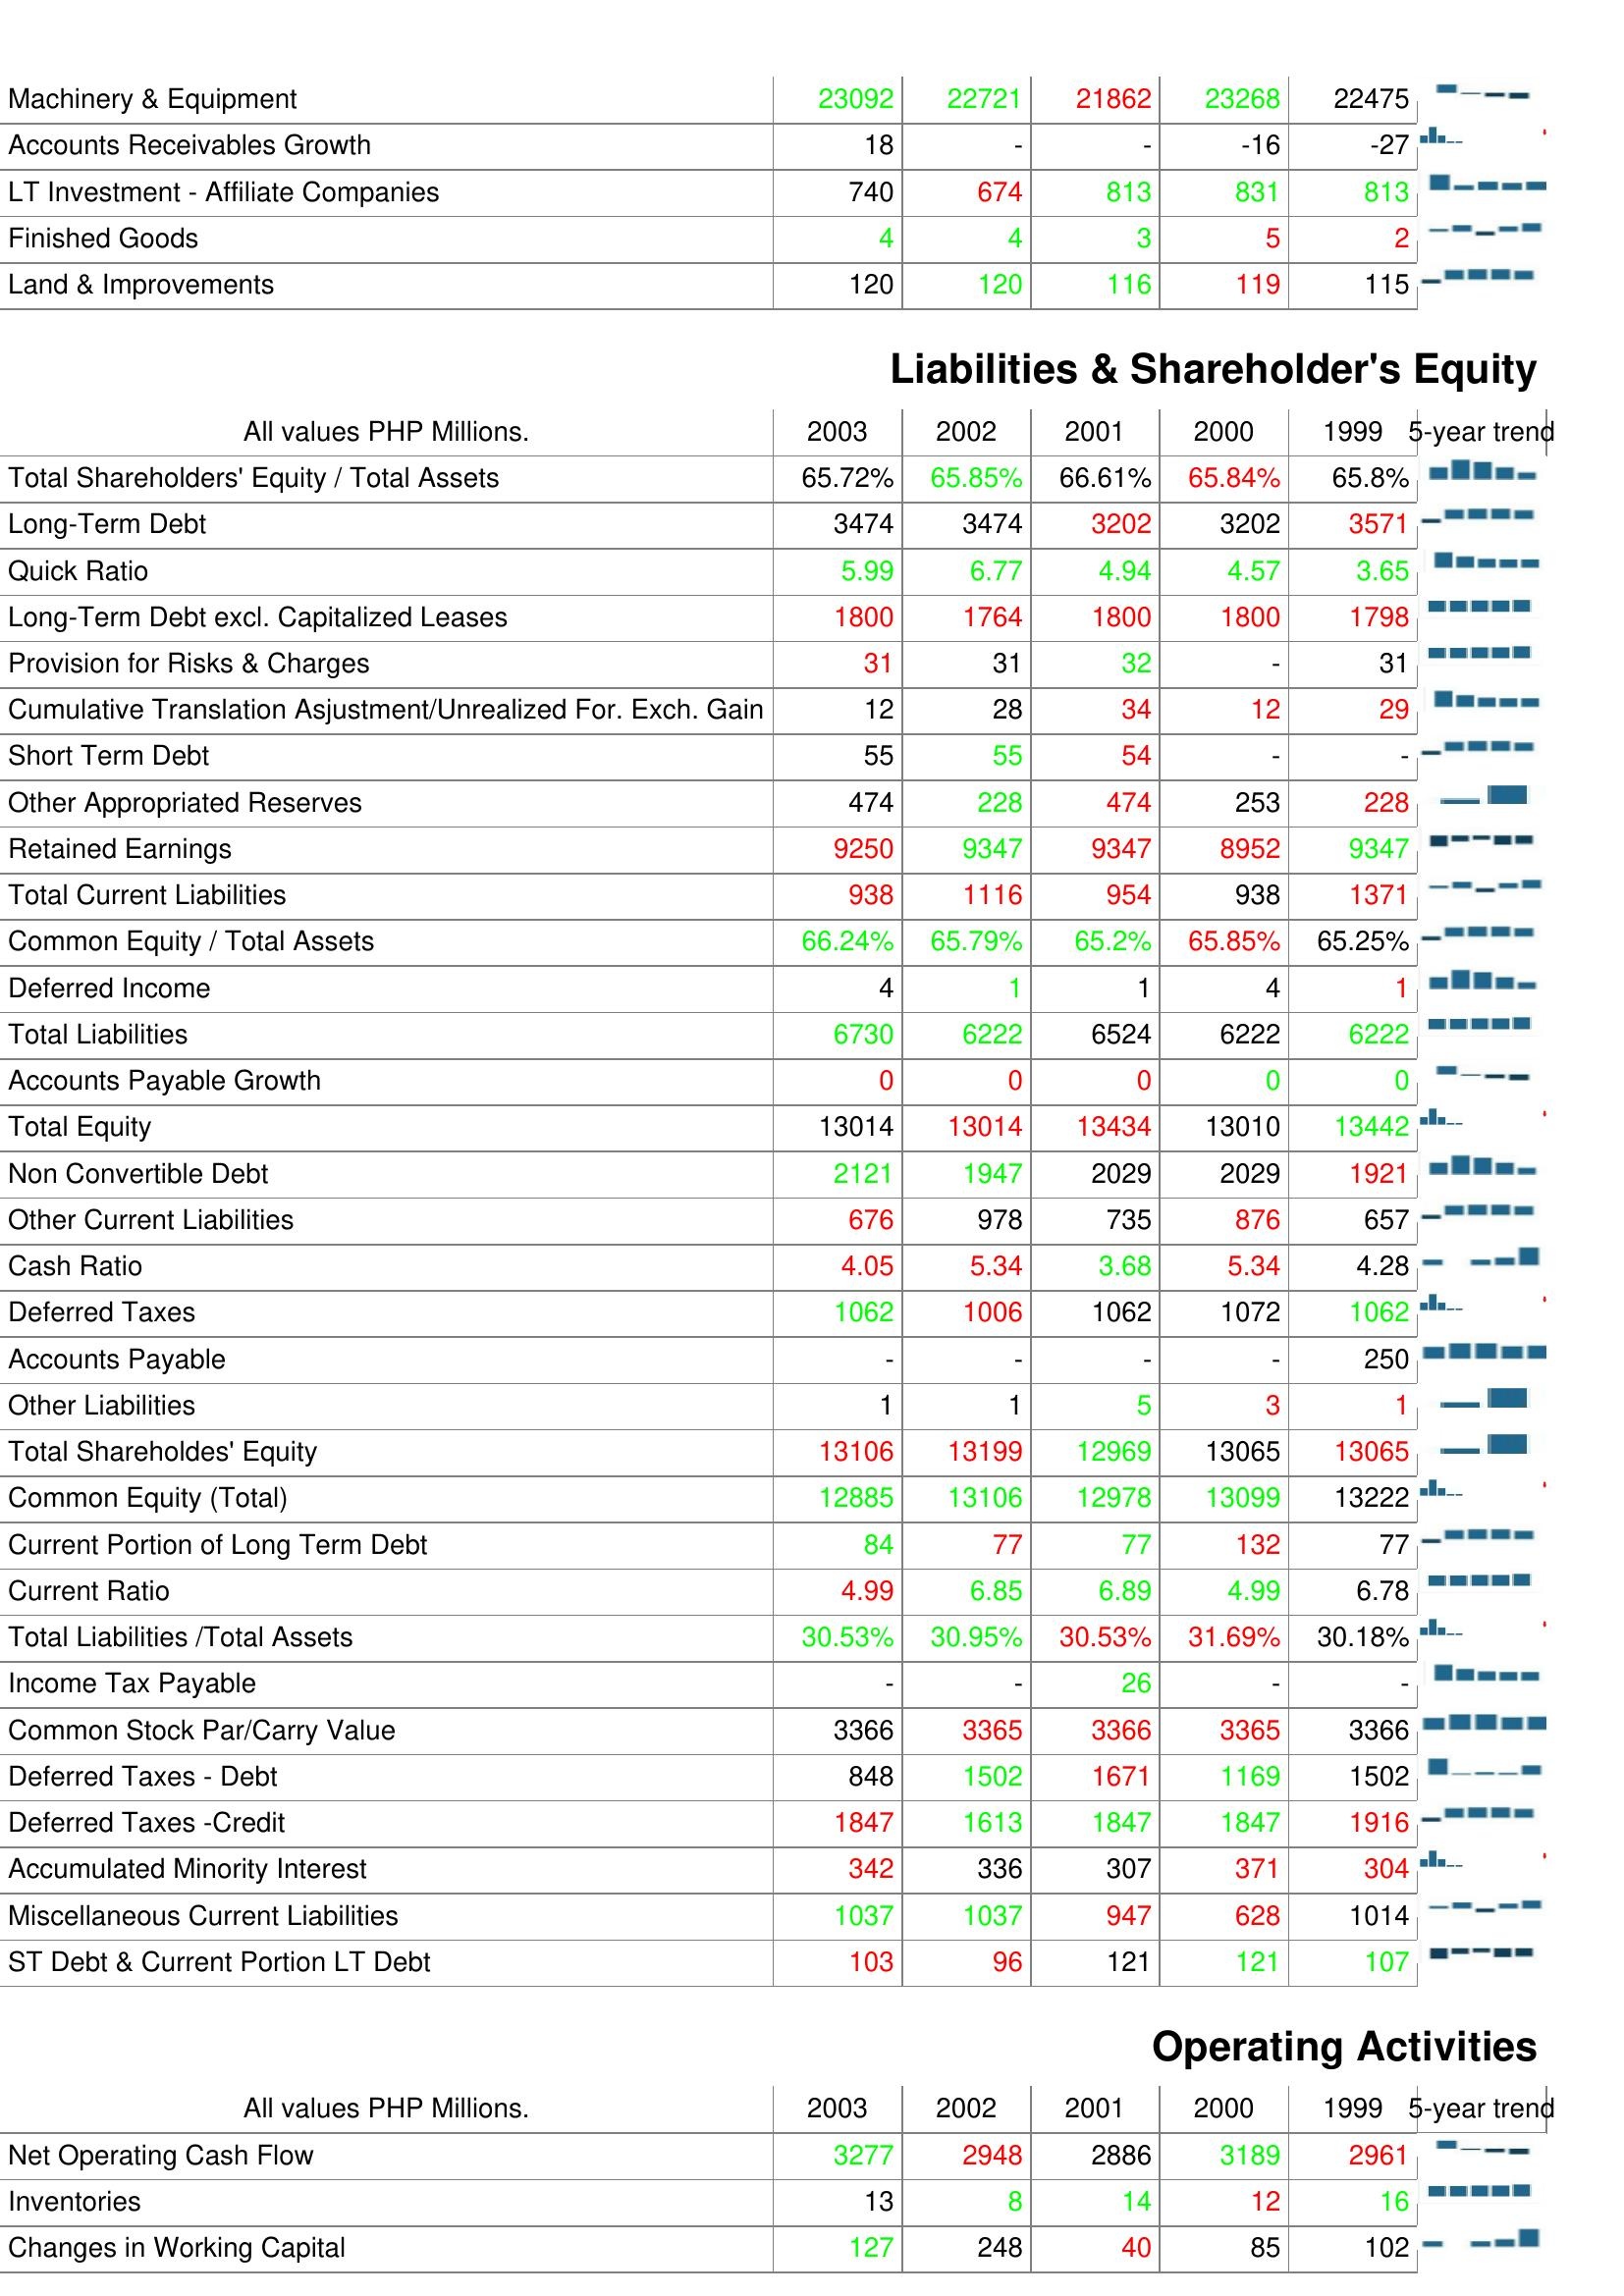
2003: Assets: Machinery & Equipment: 23092
Accounts Receivables Growth: 18
LT Investment - Affiliate Companies: 740
Finished Goods: 4
Land & Improvements: 120
Liabilities & Shareholder's Equity: Total Shareholders' Equity / Total Assets: 65.72%
Long-Term Debt: 3474
Quick Ratio: 5.99
Long-Term Debt excl. Capitalized Leases: 1800
Provision for Risks & Charges: 31
Cumulative Translation Asjustment/Unrealized For. Exch. Gain: 12
Short Term Debt: 55
Other Appropriated Reserves: 474
Retained Earnings: 9250
Total Current Liabilities: 938
Common Equity / Total Assets: 66.24%
Deferred Income: 4
Total Liabilities: 6730
Accounts Payable Growth: 0
Total Equity: 13014
Non Convertible Debt: 2121
Other Current Liabilities: 676
Cash Ratio: 4.05
Deferred Taxes: 1062
Accounts Payable: -
Other Liabilities: 1
Total Shareholdes' Equity: 13106
Common Equity (Total): 12885
Current Portion of Long Term Debt: 84
Current Ratio: 4.99
Total Liabilities /Total Assets: 30.53%
Income Tax Payable: -
Common Stock Par/Carry Value: 3366
Deferred Taxes - Debt: 848
Deferred Taxes -Credit: 1847
Accumulated Minority Interest: 342
Miscellaneous Current Liabilities: 1037
ST Debt & Current Portion LT Debt: 103
Operating Activities: Net Operating Cash Flow: 3277
Inventories: 13
Changes in Working Capital: 127
2002: Assets: Machinery & Equipment: 22721
Accounts Receivables Growth: -
LT Investment - Affiliate Companies: 674
Finished Goods: 4
Land & Improvements: 120
Liabilities & Shareholder's Equity: Total Shareholders' Equity / Total Assets: 65.85%
Long-Term Debt: 3474
Quick Ratio: 6.77
Long-Term Debt excl. Capitalized Leases: 1764
Provision for Risks & Charges: 31
Cumulative Translation Asjustment/Unrealized For. Exch. Gain: 28
Short Term Debt: 55
Other Appropriated Reserves: 228
Retained Earnings: 9347
Total Current Liabilities: 1116
Common Equity / Total Assets: 65.79%
Deferred Income: 1
Total Liabilities: 6222
Accounts Payable Growth: 0
Total Equity: 13014
Non Convertible Debt: 1947
Other Current Liabilities: 978
Cash Ratio: 5.34
Deferred Taxes: 1006
Accounts Payable: -
Other Liabilities: 1
Total Shareholdes' Equity: 13199
Common Equity (Total): 13106
Current Portion of Long Term Debt: 77
Current Ratio: 6.85
Total Liabilities /Total Assets: 30.95%
Income Tax Payable: -
Common Stock Par/Carry Value: 3365
Deferred Taxes - Debt: 1502
Deferred Taxes -Credit: 1613
Accumulated Minority Interest: 336
Miscellaneous Current Liabilities: 1037
ST Debt & Current Portion LT Debt: 96
Operating Activities: Net Operating Cash Flow: 2948
Inventories: 8
Changes in Working Capital: 248
2001: Assets: Machinery & Equipment: 21862
Accounts Receivables Growth: -
LT Investment - Affiliate Companies: 813
Finished Goods: 3
Land & Improvements: 116
Liabilities & Shareholder's Equity: Total Shareholders' Equity / Total Assets: 66.61%
Long-Term Debt: 3202
Quick Ratio: 4.94
Long-Term Debt excl. Capitalized Leases: 1800
Provision for Risks & Charges: 32
Cumulative Translation Asjustment/Unrealized For. Exch. Gain: 34
Short Term Debt: 54
Other Appropriated Reserves: 474
Retained Earnings: 9347
Total Current Liabilities: 954
Common Equity / Total Assets: 65.2%
Deferred Income: 1
Total Liabilities: 6524
Accounts Payable Growth: 0
Total Equity: 13434
Non Convertible Debt: 2029
Other Current Liabilities: 735
Cash Ratio: 3.68
Deferred Taxes: 1062
Accounts Payable: -
Other Liabilities: 5
Total Shareholdes' Equity: 12969
Common Equity (Total): 12978
Current Portion of Long Term Debt: 77
Current Ratio: 6.89
Total Liabilities /Total Assets: 30.53%
Income Tax Payable: 26
Common Stock Par/Carry Value: 3366
Deferred Taxes - Debt: 1671
Deferred Taxes -Credit: 1847
Accumulated Minority Interest: 307
Miscellaneous Current Liabilities: 947
ST Debt & Current Portion LT Debt: 121
Operating Activities: Net Operating Cash Flow: 2886
Inventories: 14
Changes in Working Capital: 40
2000: Assets: Machinery & Equipment: 23268
Accounts Receivables Growth: -16
LT Investment - Affiliate Companies: 831
Finished Goods: 5
Land & Improvements: 119
Liabilities & Shareholder's Equity: Total Shareholders' Equity / Total Assets: 65.84%
Long-Term Debt: 3202
Quick Ratio: 4.57
Long-Term Debt excl. Capitalized Leases: 1800
Provision for Risks & Charges: -
Cumulative Translation Asjustment/Unrealized For. Exch. Gain: 12
Short Term Debt: -
Other Appropriated Reserves: 253
Retained Earnings: 8952
Total Current Liabilities: 938
Common Equity / Total Assets: 65.85%
Deferred Income: 4
Total Liabilities: 6222
Accounts Payable Growth: 0
Total Equity: 13010
Non Convertible Debt: 2029
Other Current Liabilities: 876
Cash Ratio: 5.34
Deferred Taxes: 1072
Accounts Payable: -
Other Liabilities: 3
Total Shareholdes' Equity: 13065
Common Equity (Total): 13099
Current Portion of Long Term Debt: 132
Current Ratio: 4.99
Total Liabilities /Total Assets: 31.69%
Income Tax Payable: -
Common Stock Par/Carry Value: 3365
Deferred Taxes - Debt: 1169
Deferred Taxes -Credit: 1847
Accumulated Minority Interest: 371
Miscellaneous Current Liabilities: 628
ST Debt & Current Portion LT Debt: 121
Operating Activities: Net Operating Cash Flow: 3189
Inventories: 12
Changes in Working Capital: 85
1999: Assets: Machinery & Equipment: 22475
Accounts Receivables Growth: -27
LT Investment - Affiliate Companies: 813
Finished Goods: 2
Land & Improvements: 115
Liabilities & Shareholder's Equity: Total Shareholders' Equity / Total Assets: 65.8%
Long-Term Debt: 3571
Quick Ratio: 3.65
Long-Term Debt excl. Capitalized Leases: 1798
Provision for Risks & Charges: 31
Cumulative Translation Asjustment/Unrealized For. Exch. Gain: 29
Short Term Debt: -
Other Appropriated Reserves: 228
Retained Earnings: 9347
Total Current Liabilities: 1371
Common Equity / Total Assets: 65.25%
Deferred Income: 1
Total Liabilities: 6222
Accounts Payable Growth: 0
Total Equity: 13442
Non Convertible Debt: 1921
Other Current Liabilities: 657
Cash Ratio: 4.28
Deferred Taxes: 1062
Accounts Payable: 250
Other Liabilities: 1
Total Shareholdes' Equity: 13065
Common Equity (Total): 13222
Current Portion of Long Term Debt: 77
Current Ratio: 6.78
Total Liabilities /Total Assets: 30.18%
Income Tax Payable: -
Common Stock Par/Carry Value: 3366
Deferred Taxes - Debt: 1502
Deferred Taxes -Credit: 1916
Accumulated Minority Interest: 304
Miscellaneous Current Liabilities: 1014
ST Debt & Current Portion LT Debt: 107
Operating Activities: Net Operating Cash Flow: 2961
Inventories: 16
Changes in Working Capital: 102